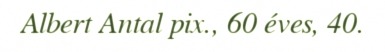
Albert Antal pix., 60 éves, 40.